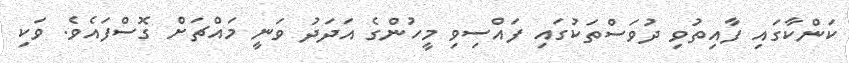
ކަންކާގައި ފާއިތުވި ދުވަސްތަކުގައި ފައްސިވި މީހުންގެ އަދަދު ވަނީ މައްޗަށް ގޮސްފައެވެ. ވަކި